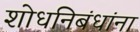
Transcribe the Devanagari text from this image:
शोधनिबंधांना